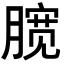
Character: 𣎑